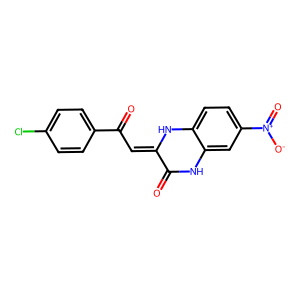
SMILES: O=C1Nc2cc([N+](=O)[O-])ccc2NC1=CC(=O)c1ccc(Cl)cc1
Inhibits HIV replication: No